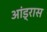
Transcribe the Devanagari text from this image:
आंड्रास